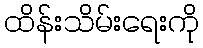
ထိန်းသိမ်းရေးကို